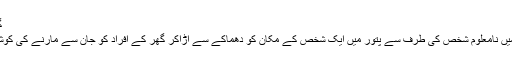
گھر کے دو افراد شدید زخمی
ضلع جنوبی کینرا کے پتور میں نامعلوم شخص کی طرف سے پتور میں ایک شخص کے مکان کو دھماکے سے اڑاکر گھر کے افراد کو جان سے مارنے کی کوشش کا معاملہ سامنے آیا ہے۔